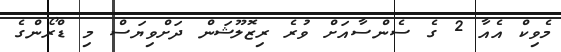
މެވިކް އެއާ 2 ގެ ސެންސާއަށް ވުރެ ރިޒޮލޫޝަން ދަށްވިޔަސް މި ޑްރޯންގެ